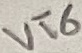
Text: VT6